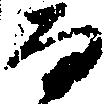
な